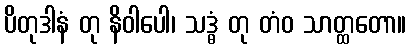
ပိတုဒါနံ တု နိဝါပေါ၊ သဒ္ဓံ တု တံဝ သာတ္ထတော။